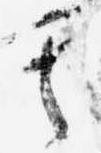
其